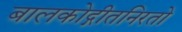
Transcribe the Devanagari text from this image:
बालकोद्गीतनिरतो